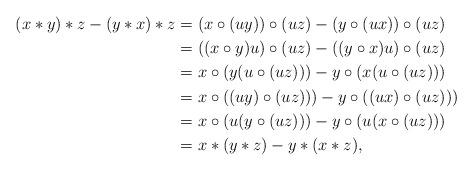
LaTeX: \begin{align*} (x\ast y)\ast z-(y\ast x)\ast z & =(x\circ(uy))\circ(uz)-(y\circ(ux))\circ(uz) \\ & =((x\circ y)u)\circ (uz)-((y\circ x)u)\circ(uz) \\ & =x\circ(y(u\circ(uz)))-y\circ(x(u\circ(uz)))\\ & =x\circ((uy)\circ(uz)))-y\circ((ux)\circ(uz)))\\ & =x\circ(u(y\circ(uz)))-y\circ(u(x\circ(uz)))\\ & =x\ast(y\ast z)-y\ast(x\ast z),\end{align*}